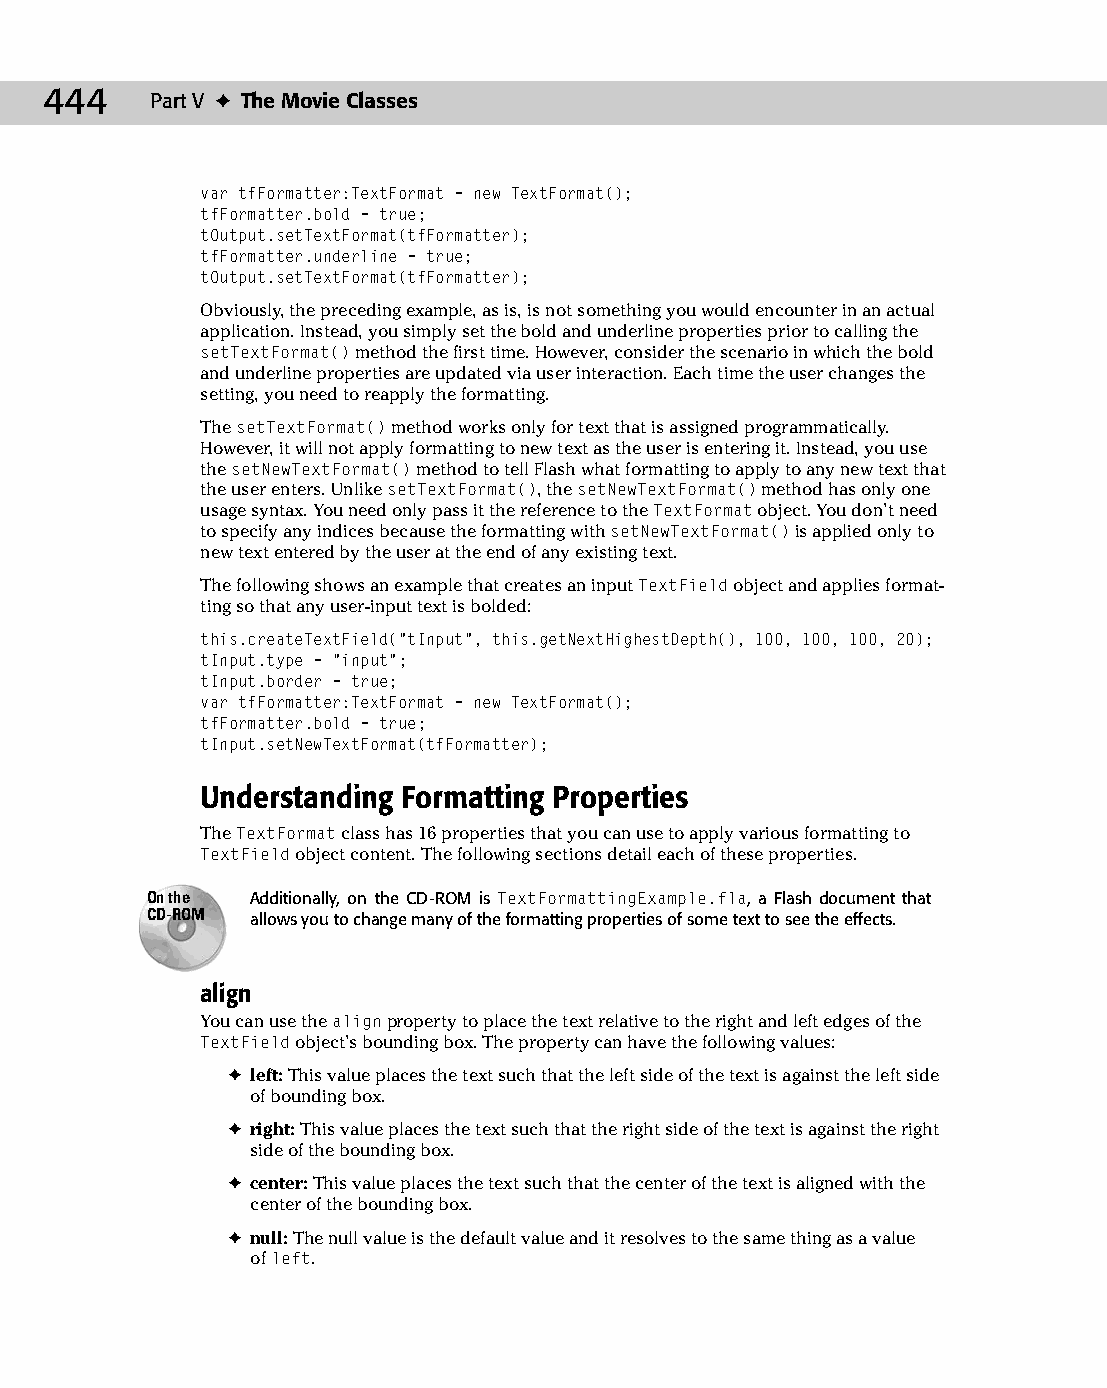
24 543547 ch18.qxd 3/24/04 4:10 PM Page 444
 444    Part V ✦ The Movie Classes
 var tfFormatter:TextFormat = new TextFormat();
 tfFormatter.bold = true;
 tOutput.setTextFormat(tfFormatter);
 tfFormatter.underline = true;
 tOutput.setTextFormat(tfFormatter);
 Obviously, the preceding example, as is, is not something you would encounter in an actual
 application. Instead, you simply set the bold and underline properties prior to calling the
 setTextFormat() method the first time. However, consider the scenario in which the bold
 and underline properties are updated via user interaction. Each time the user changes the
 setting, you need to reapply the formatting.
 The setTextFormat() method works only for text that is assigned programmatically.
 However, it will not apply formatting to new text as the user is entering it. Instead, you use
 the setNewTextFormat() method to tell Flash what formatting to apply to any new text that
 the user enters. Unlike setTextFormat(), the setNewTextFormat() method has only one
 usage syntax. You need only pass it the reference to the TextFormat object. You don’t need
 to specify any indices because the formatting with setNewTextFormat() is applied only to
 new text entered by the user at the end of any existing text.
 The following shows an example that creates an input TextField object and applies format­
 ting so that any user-input text is bolded:
 this.createTextField(“tInput”, this.getNextHighestDepth(), 100, 100, 100, 20);
 tInput.type = “input”;
 tInput.border = true;
 var tfFormatter:TextFormat = new TextFormat();
 tfFormatter.bold = true;
 tInput.setNewTextFormat(tfFormatter);
 Understanding Formatting Properties
 The TextFormat class has 16 properties that you can use to apply various formatting to
 TextField object content. The following sections detail each of these properties.
 On the Additionally, on the CD-ROM is TextFormattingExample.fla, a Flash document that
 CD-ROM allows you to change many of the formatting properties of some text to see the effects.
 align
 You can use the align property to place the text relative to the right and left edges of the
 TextField object’s bounding box. The property can have the following values:
 ✦ left: This value places the text such that the left side of the text is against the left side
 of bounding box.
 ✦ right: This value places the text such that the right side of the text is against the right
 side of the bounding box.
 ✦ center: This value places the text such that the center of the text is aligned with the
 center of the bounding box.
 ✦ null: The null value is the default value and it resolves to the same thing as a value
 of left.